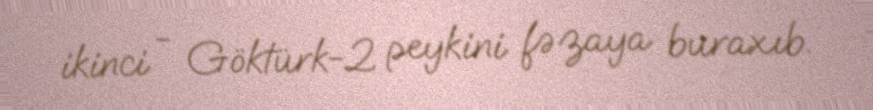
ikinci - Göktürk-2 peykini fəzaya buraxıb.